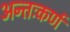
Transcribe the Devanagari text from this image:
अन्तःकर्ण